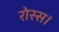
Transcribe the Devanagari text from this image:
रोस्स।